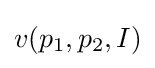
v(p_{1},p_{2},I)